Medical and sanitary report of the native army of Madras for the year
Year: 1872
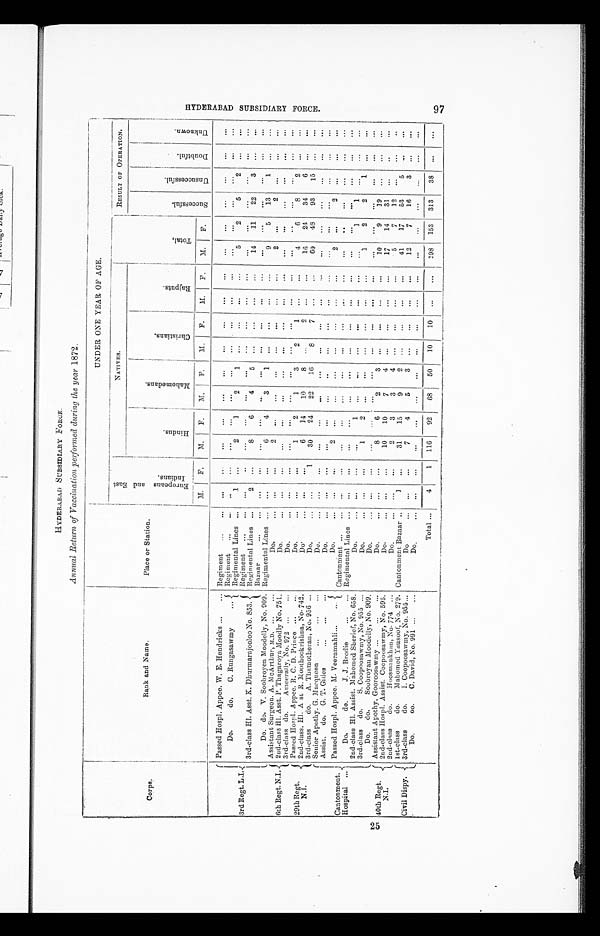
HYDERABAD SUBSIDIARY FORCE. .
Annual Return of Vaccination performed during the year 1872.
Corps.
Rank and Name.
Place or Station.
UNDER ONE YEAR OF AGE.
E u r o p e a n s a n d E a s t I n d i a n s . .
NATIVES.
T o t a l .
RESULT OF OPERATION.
H i n d u s .
M a h o m e d a n s .
C h r i s t i a n s .
R a j p u t s .
S u c c e s s f u l .
U n s u c c e s s f u l .
D o u b t f u l .
U n k n o w n .
M.
F .
M.
F.
M. F.
M.
F.
M.
F.
M . F.
3rd Regt. L .I.
Passed Hospl. Appce. W. E. Hendricks
Regiment
. . .
. . .
. . .
. . .
. . .
. . .
. . .
. . .
. . .
. . .
. . .
. . .
. . .
. . .
. . .
. . .
Do.
do. C. Rungasawmy
Regiment
. . .
. . .
. . .
. . .
. . .
. . .
. . .
. . .
. . .
. . .
. . .
. . .
. . .
. . . . . .
. . .
Regimental Lines
1
. . .
2
1
2
1
. . .
. . .
. . .
. . .
5
2
5
2
. . .
. . .
3rd-class H1 , Asst. K. Dhurmarajooloo No. 853.
Regiment
. . .
. . .
. . .
. . .
. . .
. . .
. . .
. . .
. . .
. . .
. . .
. . .
. . .
. . .
. . .
. . .
Regimental Lines
2
. . .
8
6
4
5
. . .
. . .
. . .
. . .
14
11
22
3
. . .
. . .
Bazaar
. . .
. . .
. . .
. . .
. . .
. . .
. . .
. . .
. . .
. . .
. . .
. . .
. . .
. . .
. . .
. . .
Do. do. V. Soobroyen Moodelly, No. 909. Regimental Lines
. . .
. . .
6
4
3
1
. . .
. . .
. . . . . .
9
5
13
1
. . .
. . .
6th Regt.N.I.
Assistant Surgeon. A. McArthur, M.D.
Do.
. . .
. . .
2
. . .
. . .
. . .
. . .
. . .
. . .
. . .
2
. . .
2
. . . . . .
. . .
2nd-class H1. Asst. P. Thagaroya Mooclly No. 751.
Do.
. . .
. . .
. . .
. . .
. . .
. . .
. . .
. . .
. . .
. . .
. . .
. . .
. . .
. . .
. . .
. . .
3 rd-class do.
Ameerally, No. 972
Do.
. . .
. . .
. . .
. . .
. . .
. . .
. . .
. . .
. . .
. . .
. . .
. . .
. . .
. . .
. . .
. . .
29th Regt.
N. I .
Passed Hospl. Appce. R. C. D. Prince
Do.
. . .
. . .
1
2
1
3
2
1
. . .
. . .
4
6
8
2
. . .
. . .
2nd-cl ass. H1. A st R. Moot hookri shna, No. 742.
Do.
•••
...
•••
...
6
14
10
8
...
...
...
2
...
...
...
...
16
24
34
6
...
...
...
...
3rd-class
do.
A. Thamotherau, No. 956
Do.
...
...
1
30
24
22
16
8
7
...
...
...
...
60
48
93
15
...
...
...
...
Cantonment.
Hospital
Senior Apothy. G. Macqueen
Do.
...
...
...
...
...
...
...
...
...
...
...
...
...
...
...
...
...
...
...
...
...
...
...
...
...
...
...
...
...
...
...
...
A ssist. do. G. T. Gilles
Do.
...
...
...
...
...
...
...
...
...
...
...
...
...
...
...
...
...
...
...
...
...
...
...
...
...
...
...
...
...
...
...
...
P a s s e s H o s p l . A p p c e . M . V e e r a m a h l i
Passed
Do.
...
...
...
...
...
2
...
...
...
...
...
...
...
...
...
...
...
...
...
...
2
...
...
2
...
...
...
...
...
...
Cantonment
. . .
. . .
. . .
. . .
. . .
. . .
. . .
. . .
. . .
. . .
. . .
. . .
. . .
. . .
. . .
. . .
Do.
do.
J. J . Brodie
Regimental Lines
. . .
. . .
. . .
. . .
. . .
. . .
. . .
. . .
. . .
. . .
. . .
. . .
. . .
. . .
. . .
. . .
2nd-class H1. Assist. Mshomed Sherief, No. 658.
Do.
. . .
. . .
. . .
1
. . .
. . .
. . .
. . .
. . .
. . .
. . .
1
1
. . . . . .
. . .
3rd-class
do.
S. Coopoosawmy, No. 955
Do.
. . .
. . .
1
2
. . .
. . .
. . .
. . .
. . .
. . .
1
2
2
1
. . .
. . .
D o.
do.
Soobroyau Moodelly, No. 909.
Do.
. . .
. . .
. . .
. . .
. . .
. . .
. . .
. . .
. . .
. . .
. . .
. . .
. . .
. . .
. . .
. . .
40th Regt.
N.I.
Assistant Apothy, Gooroosawmy
Do.
. . .
. . .
8
6
2
3
. . .
. . .
. . .
. . .
10
9
19
. . .
. . .
. . .
2nd-class Hospl. Assist. Coopoosawmy, No. 595.
Do.
. . .
. . .
10
10
7
4
. . .
. . .
. . .
. . .
17
14
31
. . .
. . .
. . .
2nd-class
do.
Hoosmankhan, No. 774
Do.
. . .
. . .
2
3
3
4
. . .
. . .
. . .
. . .
5
7
12
. . . . . .
. . .
Civil Dispy.
L.
1st-class
do.
Mahomed Yausoof, No. 279. Cantonment Bazaar
1
. . .
31
15
9
2 . . .
. . .
. . .
. . .
. . .
41
17
53
5
. . .
. . .
3rd-class
do.
I. Coopoosawmy, No. 955
Do
. . .
. . .
7
4
5
3
. . .
. . .
. . .
. . .
12
7
16
3
. . .
. . .
Do.
do.
C. David, No. 991
Do.
. . .
. . .
. . .
. . .
. . .
. . .
. . .
. . .
. . .
. . .
. . .
. . .
. . .
. . .
. . .
. . .
Total
4
1
116
92
68
50
10
10
. . .
. . .
198
153
313
38
. . .
. . .